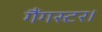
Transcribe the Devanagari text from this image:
गैंगस्टर।